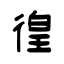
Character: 徨